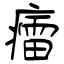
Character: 癗